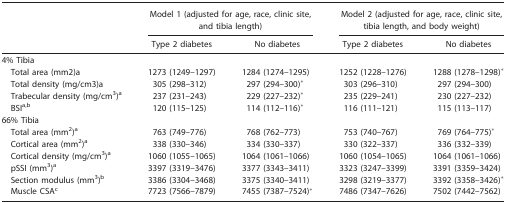
<table><thead><tr><td></td><td colspan="2"><b>Model 1 (adjusted for age, race, clinic site, and tibia length)</b></td><td colspan="2"><b>Model 2 (adjusted for age, race, clinic site, tibia length, and body weight)</b></td></tr><tr><td></td><td><b>Type 2 diabetes</b></td><td><b>No diabetes</b></td><td><b>Type 2 diabetes</b></td><td><b>No diabetes</b></td></tr></thead><tbody><tr><td>4% Tibia</td><td></td><td></td><td></td><td></td></tr><tr><td> Total area (mm2)a</td><td>1273 (1249–1297)</td><td>1284 (1274–1295)</td><td>1252 (1228–1276)</td><td>1288 (1278–1298)*</td></tr><tr><td> Total density (mg/cm3)a</td><td>305 (298–312)</td><td>297 (294–300)*</td><td>303 (296–310)</td><td>297 (294–300)</td></tr><tr><td> Trabecular density (mg/cm<sup>3</sup>)a</td><td>237 (231–243)</td><td>229 (227–232)*</td><td>235 (229–241)</td><td>230 (227–232)</td></tr><tr><td> BSIab</td><td>120 (115–125)</td><td>114 (112–116)*</td><td>116 (111–121)</td><td>115 (113–117)</td></tr><tr><td>66% Tibia</td><td></td><td></td><td></td><td></td></tr><tr><td> Total area (mm<sup>2</sup>)a</td><td>763 (749–776)</td><td>768 (762–773)</td><td>753 (740–767)</td><td>769 (764–775)*</td></tr><tr><td> Cortical area (mm<sup>2</sup>)a</td><td>338 (330–346)</td><td>334 (330–337)</td><td>330 (322–337)</td><td>336 (332–339)</td></tr><tr><td> Cortical density (mg/cm<sup>3</sup>)a</td><td>1060 (1055–1065)</td><td>1064 (1061–1066)</td><td>1060 (1054–1065)</td><td>1064 (1061–1066)</td></tr><tr><td> pSSI (mm<sup>3</sup>)a</td><td>3397 (3319–3476)</td><td>3377 (3343–3411)</td><td>3323 (3247–3399)</td><td>3391 (3359–3424)</td></tr><tr><td> Section modulus (mm<sup>3</sup>)b</td><td>3386 (3304–3468)</td><td>3375 (3340–3411)</td><td>3298 (3219–3377)</td><td>3392 (3358–3426)*</td></tr><tr><td> Muscle CSAc</td><td>7723 (7566–7879)</td><td>7455 (7387–7524)*</td><td>7486 (7347–7626)</td><td>7502 (7442–7562)</td></tr></tbody></table>